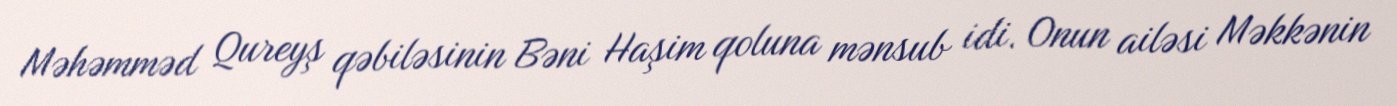
Məhəmməd Qureyş qəbiləsinin Bəni Haşim qoluna mənsub idi. Onun ailəsi Məkkənin